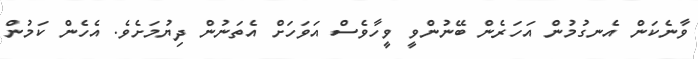
ވާނެކަން އެނގުމުން އަހަރެން ބޭނުންވީ ވީހާވެސް އަވަހަށް އެތަނުން ދިޔުމަށެވެ. އެހެން ކަމުން